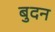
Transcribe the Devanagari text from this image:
बुदन